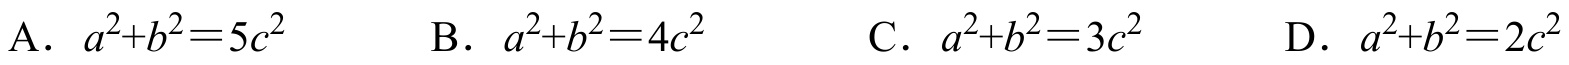
A．\(a^{2}+b^{2}=5c^{2}\)  B．\(a^{2}+b^{2}=4c^{2}\)  C．\(a^{2}+b^{2}=3c^{2}\)  D．\(a^{2}+b^{2}=2c^{2}\)